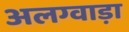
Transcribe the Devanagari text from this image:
अलग्वाड़ा